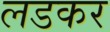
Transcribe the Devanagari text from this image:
लडकर